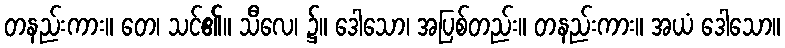
တနည်းကား။ တေ၊ သင်၏။ သီလေ၊ ၌။ ဒေါသော၊ အပြစ်တည်း။ တနည်းကား။ အယံ ဒေါသော။